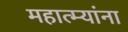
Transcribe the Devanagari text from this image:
महात्म्यांना